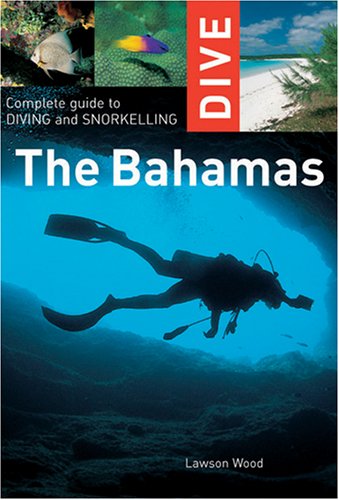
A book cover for Dive the Bahamas: Complete Guide to Diving and Snorkelling (Interlink Dive Guide); Lawson Wood; Sports & Outdoors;